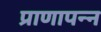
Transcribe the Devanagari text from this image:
प्राणापन्न